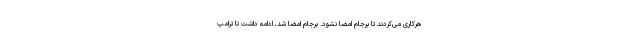
هرکاری می‌کردند تا برجام امضا نشود. برجام امضا شد، ادامه داشت تا ترامپ